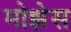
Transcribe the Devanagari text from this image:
मोझेेस